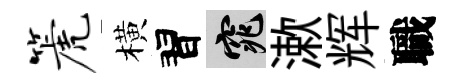
篪橫習窕漱辉職